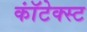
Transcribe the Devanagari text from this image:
कॉंटेक्स्ट